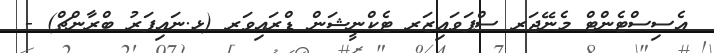
އެސިސްޓެންޓް މެނޭޖަރ ސްޕަވައިޒަރ ޓެކްނީޝަން ޑްރައިވަރ (ޅ.ނައިފަރު ބްރާންޗް) -